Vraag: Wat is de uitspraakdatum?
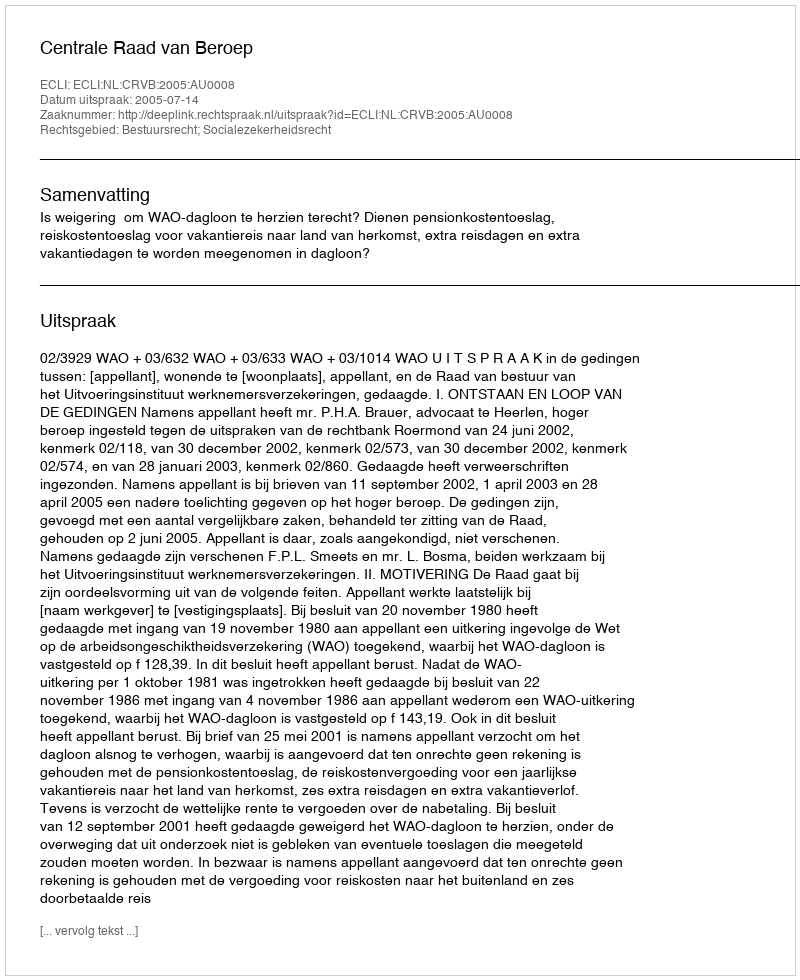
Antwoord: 2005-07-14